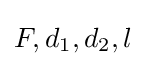
{\textstyle F,d_{1},d_{2},l}